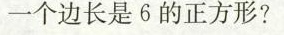
一个边长是6的正方形?